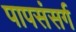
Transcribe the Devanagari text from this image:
पापसंसर्ग